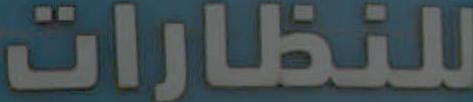
للنظارات